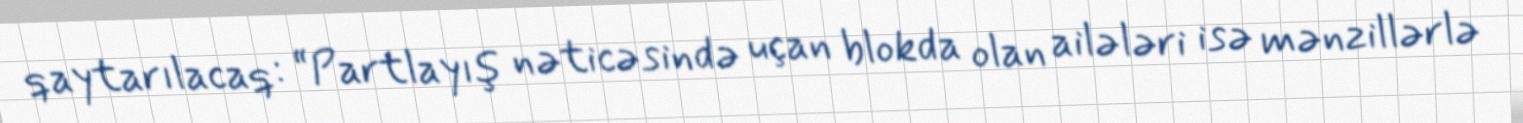
qaytarılacaq: “Partlayış nəticəsində uçan blokda olan ailələri isə mənzillərlə